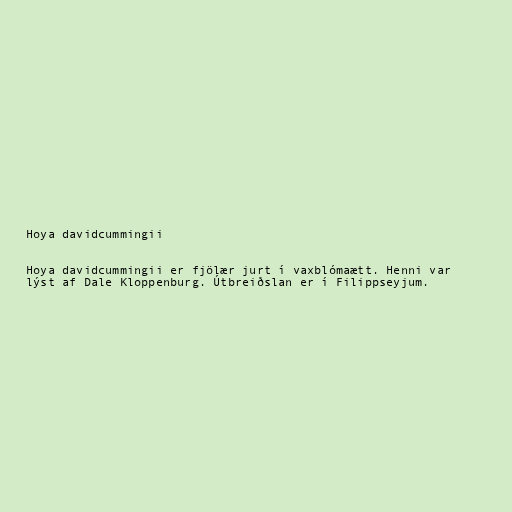
Hoya davidcummingii

Hoya davidcummingii er fjölær jurt í vaxblómaætt. Henni var
lýst af Dale Kloppenburg. Útbreiðslan er í Filippseyjum.